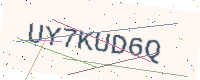
Text: UY7KUD6Q